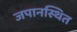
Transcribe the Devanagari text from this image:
जपानस्थित